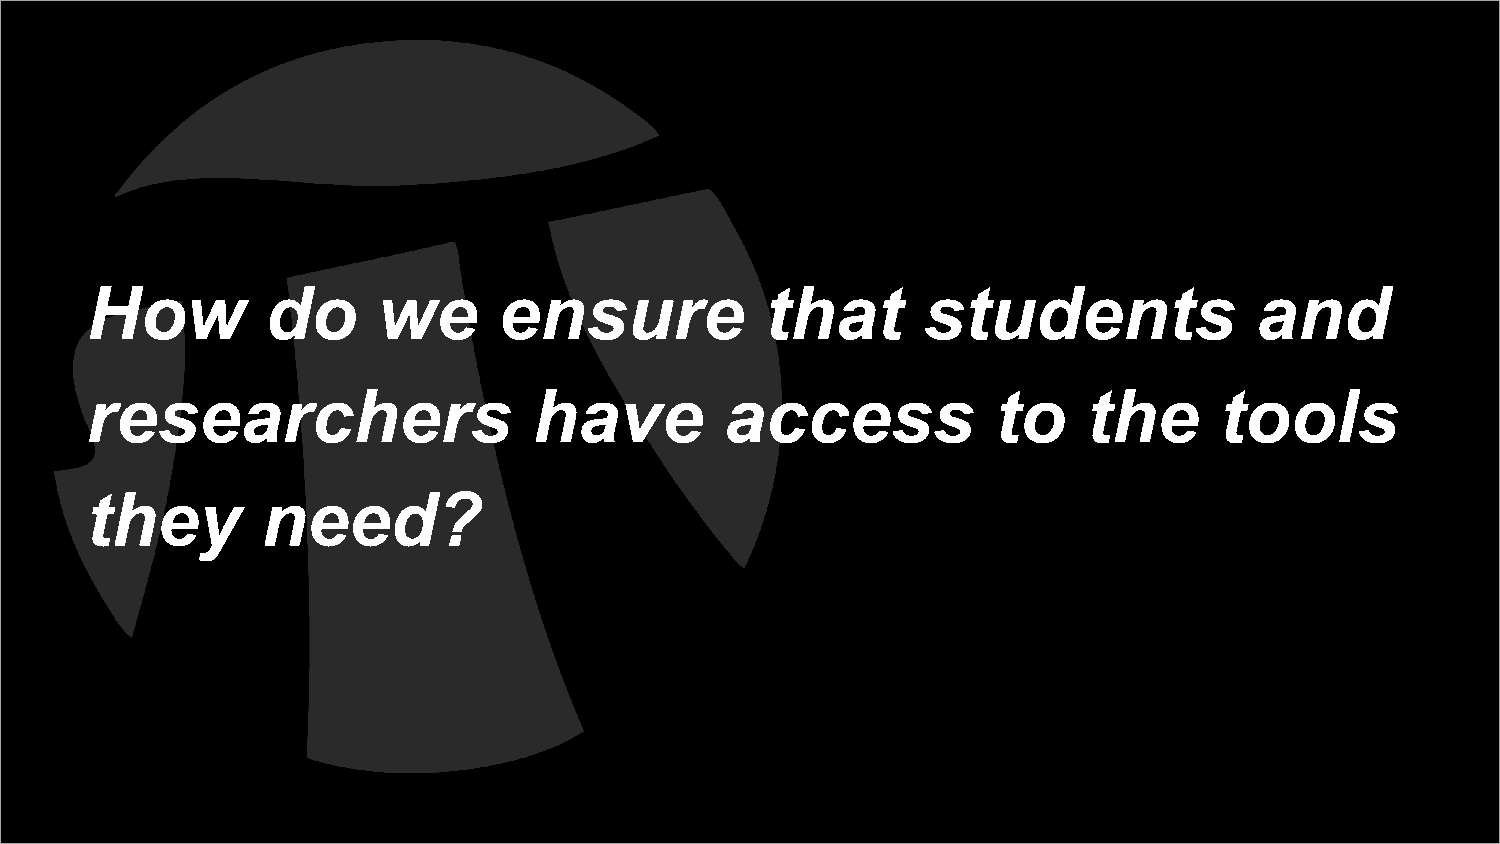
How         do     we      ensure            that      students              and
 researchers                  have         access            to    the      tools
 they       need?